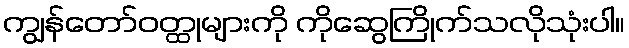
ကျွန်တော်ဝတ္ထုများကို ကိုဆွေကြိုက်သလိုသုံးပါ။